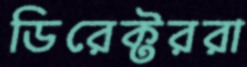
ডিরেক্টররা